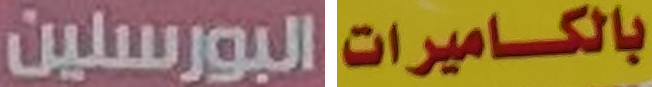
البورسلين بالكاميرات